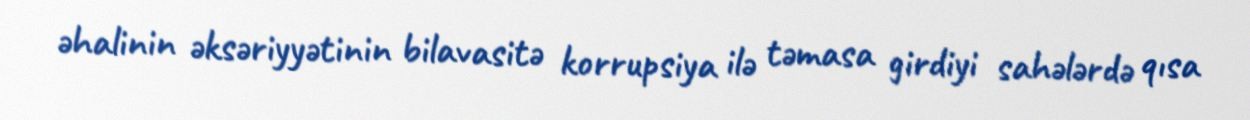
əhalinin əksəriyyətinin bilavasitə korrupsiya ilə təmasa girdiyi sahələrdə qısa